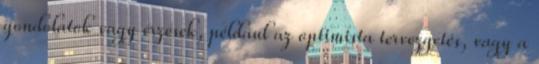
gondolatok vagy érzések, például az optimista tervezgetés, vagy a